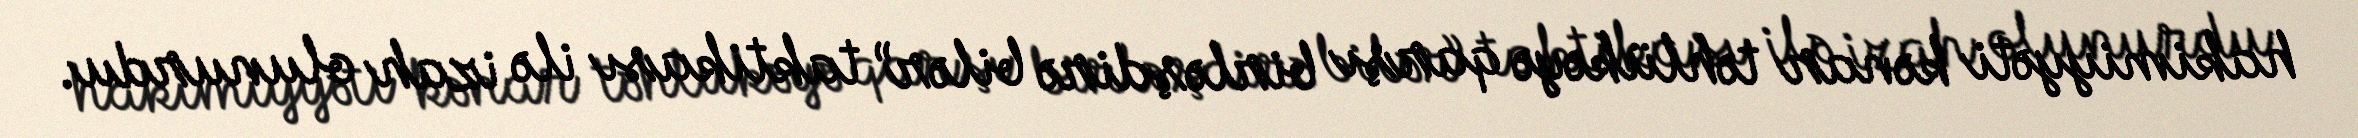
hakimiyyəti kənar təhlükəyə qarşı birləşdirə bilər” taktikası ilə izah olunurdu.